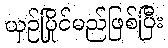
ယှဉ်ပြိုင်မည်ဖြစ်ပြီး